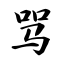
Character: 骂